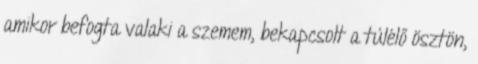
amikor befogta valaki a szemem, bekapcsolt a túlélő ösztön,